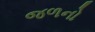
જળનો